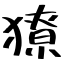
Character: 獠